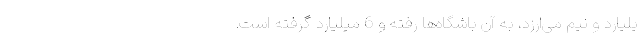
یلیارد و نیم می‌ارزد، به آن باشگاه‌ها رفته و 6 میلیارد گرفته است.